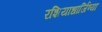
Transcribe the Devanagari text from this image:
रशियाधार्जिण्या